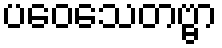
ပဝေသေတဗ္ဗာ